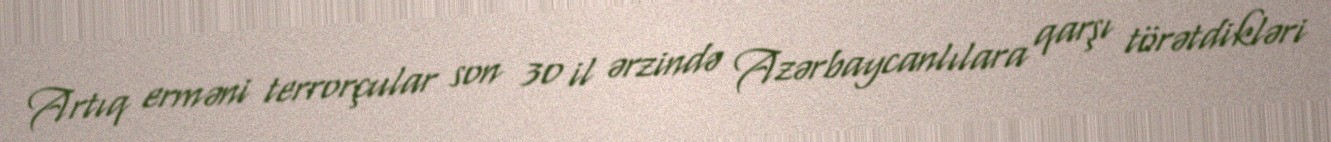
Artıq erməni terrorçular son 30 il ərzində Azərbaycanlılara qarşı törətdikləri